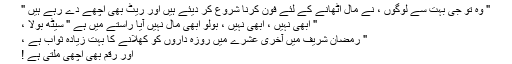
" وہ تو جی بہت سے لوگوں ، نے مال اٹھانے کے لئے فون کرنا شروع کر دیئے ہیں اور ریٹ بھی اچھے دے رہے ہیں "
" ابھی نہیں ، ابھی نہیں ، بولو ابھی مال نہیں آیا راستے میں ہے " سیٹھ بولا ،
" رمضان شریف میں آخری عشرے میں روزہ داروں کو کھلانے کا بہت زیادہ ثواب ہے ،
اور رقم بھی اچھی ملتی ہے !